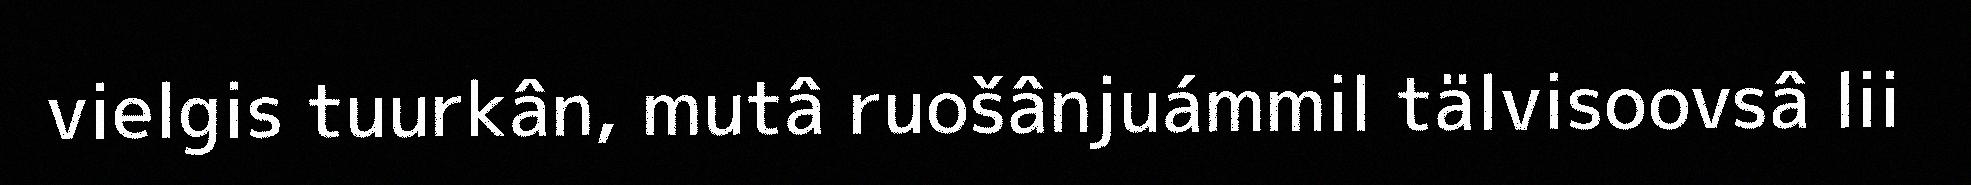
vielgis tuurkân, mutâ ruošânjuámmil tälvisoovsâ lii